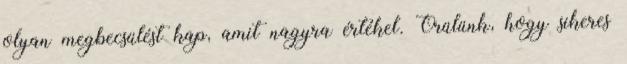
olyan megbecsülést kap, amit nagyra értékel. Örülünk, hogy sikeres